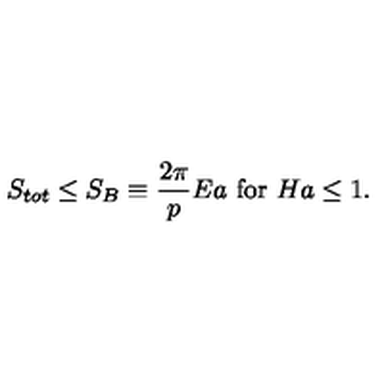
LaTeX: S _ { t o t } \leq S _ { B } \equiv { \frac { 2 \pi } { p } } E a \ \mathrm { f o r } \ H a \leq 1 .